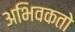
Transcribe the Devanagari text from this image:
अभिवकतो